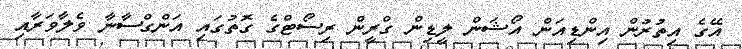
އޭގެ އިތުރުން އިންޑިއަން އޯޝަން ލީޑިން ގްރީން ރިސޯޓްގެ ގޮތުގައި އަންގްސާނާ ވެލާވަރާއި